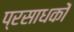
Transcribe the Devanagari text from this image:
प्रसाधकों